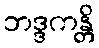
ဘဒ္ဒကန္တိ